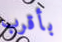
بأقرب